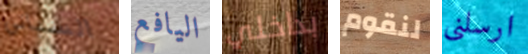
السباتي اليافع بداخلي لنقوم ارسلني